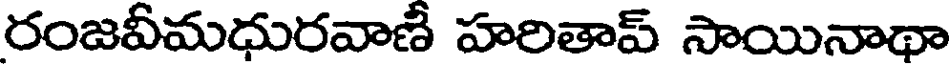
రంజవీమధురవాణీ హరితాప్ సాయినాథా